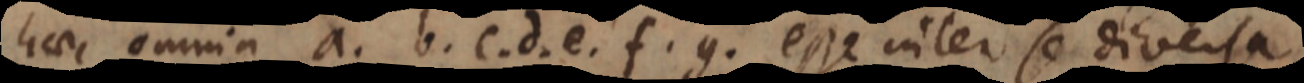
haec omnia a, b, c, d, e, f, g esse inter se diversa.